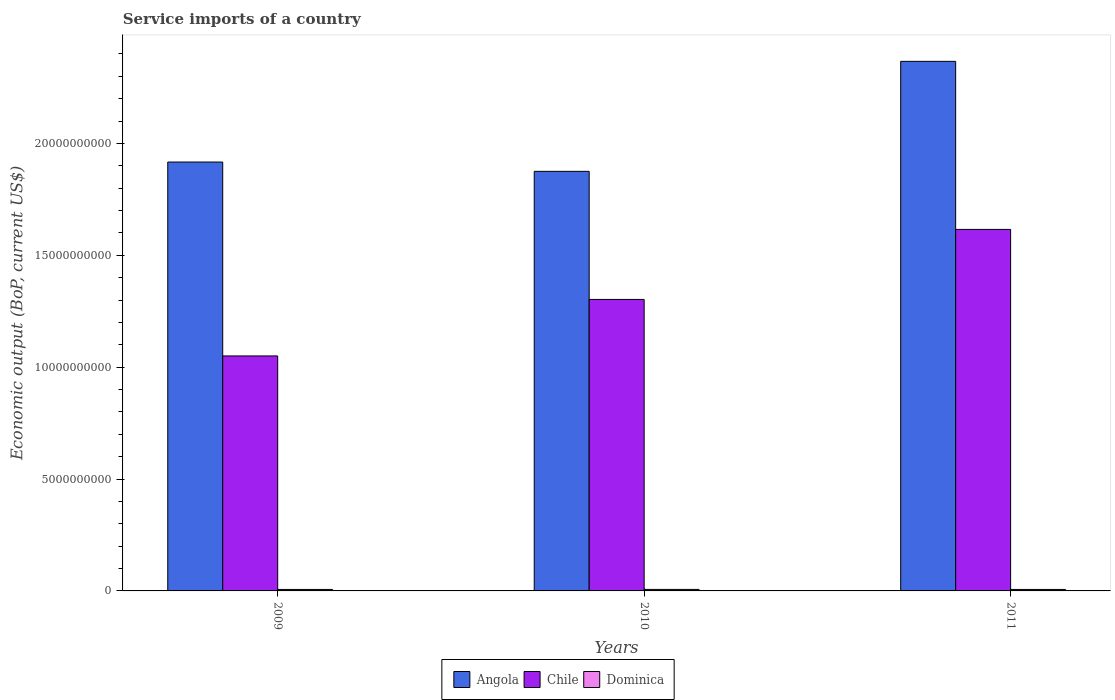
| Years | Angola | Chile | Dominica |
 | --- | --- | --- | --- |
 | 2009 | 1.92e+10 | 1.05e+10 | 6.62e+07 |
 | 2010 | 1.88e+10 | 1.3e+10 | 6.76e+07 |
 | 2011 | 2.37e+10 | 1.62e+10 | 6.59e+07 |